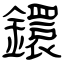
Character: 鐶